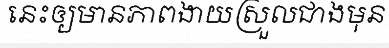
នេះឲ្យមានភាពងាយស្រួលជាងមុន